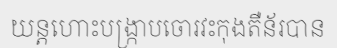
យន្តហោះបង្ក្រាបចោរវះកុងតឺន័របាន